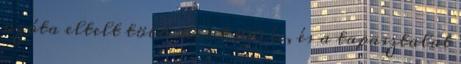
azóta eltelt több mint 100 év, és a tapasztalat